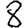
Digit: 8